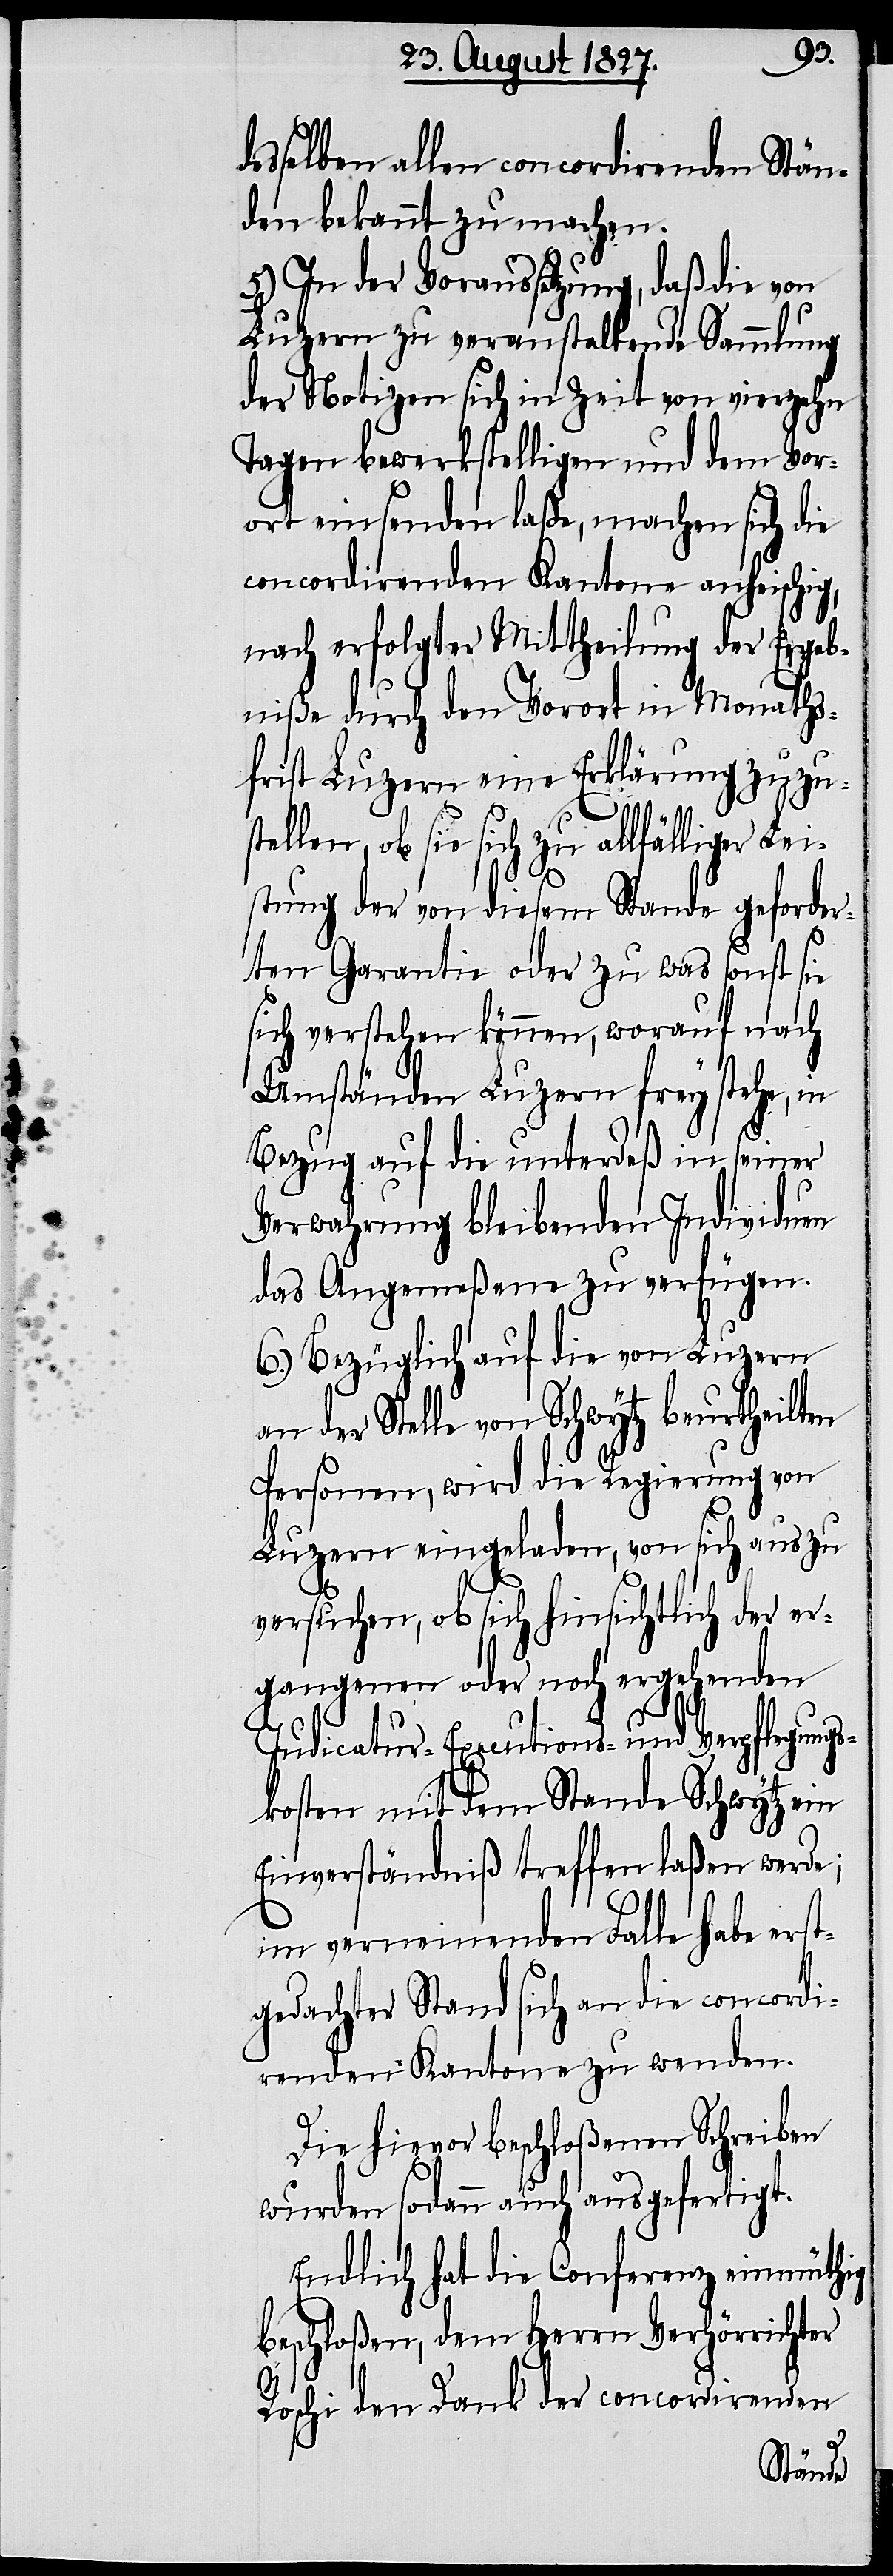
desselben allen concordirenden Stän¬
den bekannt zu machen.
5.) In der Voraussetzung, daß die von
Luzern zu veranstaltende Sammlung
der Notizen sich in Zeit von vierzehn
Tagen bewerkstelligen und dem Vor¬
ort einsenden laße, machen sich die
concordirenden Kantone anheischig,
nach erfolgter Mittheilung der Ergeb¬
niße durch den Vorort in Monaths¬
frist Luzern eine Erklärung zuzu¬
len, ob sie sich zu allfälliger
istung der von diesem Stande geforder¬
ten Garantie oder zu was sonst sie
sich verstehen können, worauf nach
Umständen Luzern frey stehe, in
Bezug auf die unterdeß in seiner
Verwahrung bleibenden Individuen
das Angemeßene zu verfügen.
6.) Bezüglich auf die von Luzern
an der Stelle von Schwytz beurtheilten
Personen, wird die Regierung von
Luzern eingeladen, von sich aus zu
Le¬
versuchen, ob sich hinsichtlich der er¬
gangenen oder noch ergehenden
Judicatur- Executions- und Verpflegungs¬
kosten mit dem Stande Schwytz ein
Einverständniß treffen laßen werde;
im verneinenden Falle habe erst¬
gedachter Stand sich an die concordi¬
renden Kantone zu wenden.
Die hievor beschloßenen Schreiben
wurden sodann auch ausgefertigt.
Endlich hat die Conferenz einmüthig
beschloßen, dem Herrn Verhörrichter
Roschi den Dank der concordirenden